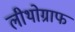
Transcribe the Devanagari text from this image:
लीथोग्राफ